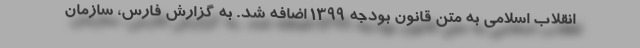
انقلاب اسلامی به متن قانون بودجه 1399 اضافه شد. به گزارش فارس، سازمان